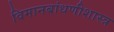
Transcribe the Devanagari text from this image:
विमानबांधणीशास्त्र